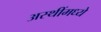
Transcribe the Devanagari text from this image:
अस्थींमध्ये